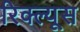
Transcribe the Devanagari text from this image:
रिक्ल्यूस